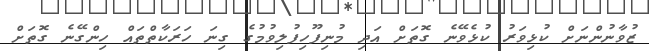
ޒުވާނުންނަށް ކުޅިވަރު ކުޅެވޭނެ ގޮތަށް އަދި މުނިފޫހިފުލިވުމުގެ ގިނަ ހަރަކާތްތައް ހިންގޭނެ ގޮތަށް